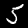
Label: 5